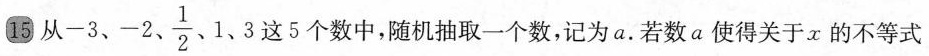
15 从-3、-2、 \frac{1}{2}、1、3 这5个数中，随机抽取一个数，记为a。若数a使得关于x的不等式